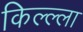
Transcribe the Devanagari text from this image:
किल्ल्‍ला